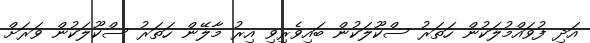
އަދި ފުވައްމުލަކުން ހަތަރު ސްކޫލަކުން ބައިވެރިވި އިރު މާލޭން ހަތަރު ސްކޫލަކުން ވަރަށް